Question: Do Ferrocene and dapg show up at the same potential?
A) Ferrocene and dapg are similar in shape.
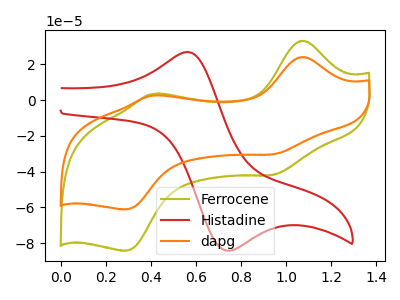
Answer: <think>The olive curve "Ferrocene" has anodic peaks at (1.10V, 33.20uA) (0.40V, 3.45uA) and cathodic peaks at (0.95V, -41.85uA) (0.30V, -84.25uA). The red curve "Histadine" has an anodic peak at (0.55V, 26.80uA) and a cathodic peak at (0.75V, -84.15uA). The orange curve "dapg" has anodic peaks at (1.10V, 24.10uA) (0.40V, 2.50uA) and cathodic peaks at (0.95V, -30.35uA) (0.30V, -61.15uA).
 All the peaks in "Ferrocene" have a peak in "dapg" at the same potential. Every peak in "Ferrocene" is higher than every peak in "dapg".</think>
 <answer>A) "Ferrocene" and "dapg" are similar in shape.</answer>
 <eval>A</eval>